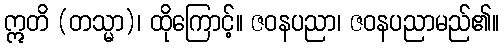
ဣတိ (တသ္မာ)၊ ထိုကြောင့်။ ဇဝနပညာ၊ ဇဝနပညာမည်၏။